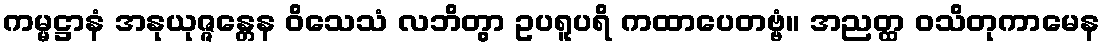
ကမ္မဋ္ဌာနံ အနုယုဇ္ဇန္တေန ဝိသေသံ လဘိတွာ ဥပရူပရိ ကထာပေတဗ္ဗံ။ အညတ္ထ ဝသိတုကာမေန